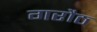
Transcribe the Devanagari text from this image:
गरौठ